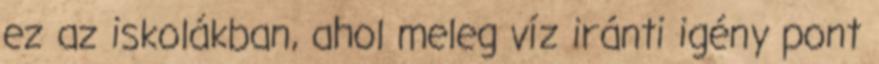
ez az iskolákban, ahol meleg víz iránti igény pont